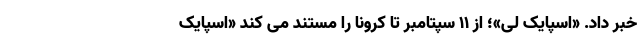
خبر داد. «اسپایک لی»؛ از ۱۱ سپتامبر تا کرونا را مستند می کند «اسپایک